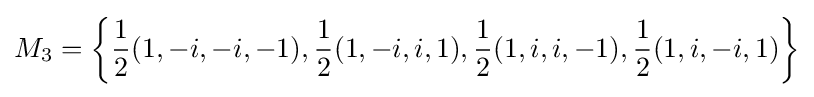
M_{3}=\left\{{\frac {1}{2}}(1,-i,-i,-1),{\frac {1}{2}}(1,-i,i,1),{\frac {1}{2}}(1,i,i,-1),{\frac {1}{2}}(1,i,-i,1)\right\}